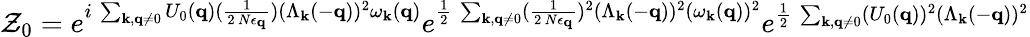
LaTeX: {\mathcal{Z}}_{0}=e^{i\mathrm{~}\sum_{{\mathbf{k}},{\mathbf{q}}\neq 0}U_{0}({\mathbf{q}})(\frac{1}{2\mathrm{~}N\epsilon_{{\mathbf{q}}}})(\Lambda_{{\mathbf{k}}}(-{\mathbf{q}}))^{2}\omega_{{\mathbf{k}}}({\mathbf{q}})}e^{\frac{1}{2}\mathrm{~}\sum_{{\mathbf{k}},{\mathbf{q}}\neq 0}(\frac{1}{2\mathrm{~}N\epsilon_{{\mathbf{q}}}})^{2}(\Lambda_{{\mathbf{k}}}(-{\mathbf{q}}))^{2}(\omega_{{\mathbf{k}}}({\mathbf{q}}))^{2}}e^{\frac{1}{2}\mathrm{~}\sum_{{\mathbf{k}},{\mathbf{q}}\neq 0}(U_{0}({\mathbf{q}}))^{2}(\Lambda_{{\mathbf{k}}}(-{\mathbf{q}}))^{2}}